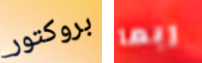
بروكتور ربما